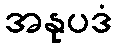
အနုပဒံ